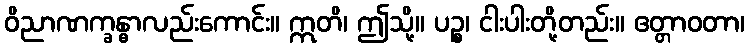
ဝိညာဏက္ခန္ဓာလည်းကောင်း။ ဣတိ၊ ဤသို့။ ပဉ္စ၊ ငါးပါးတို့တည်း။ ဧတ္တာဝတာ၊